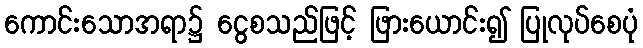
ကောင်းသောအရာ၌ ငွေစသည်ဖြင့် ဖြားယောင်း၍ ပြုလုပ်စေပုံ